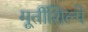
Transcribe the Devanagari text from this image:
मूर्तीशिल्पे